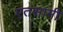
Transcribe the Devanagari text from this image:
एतसामी